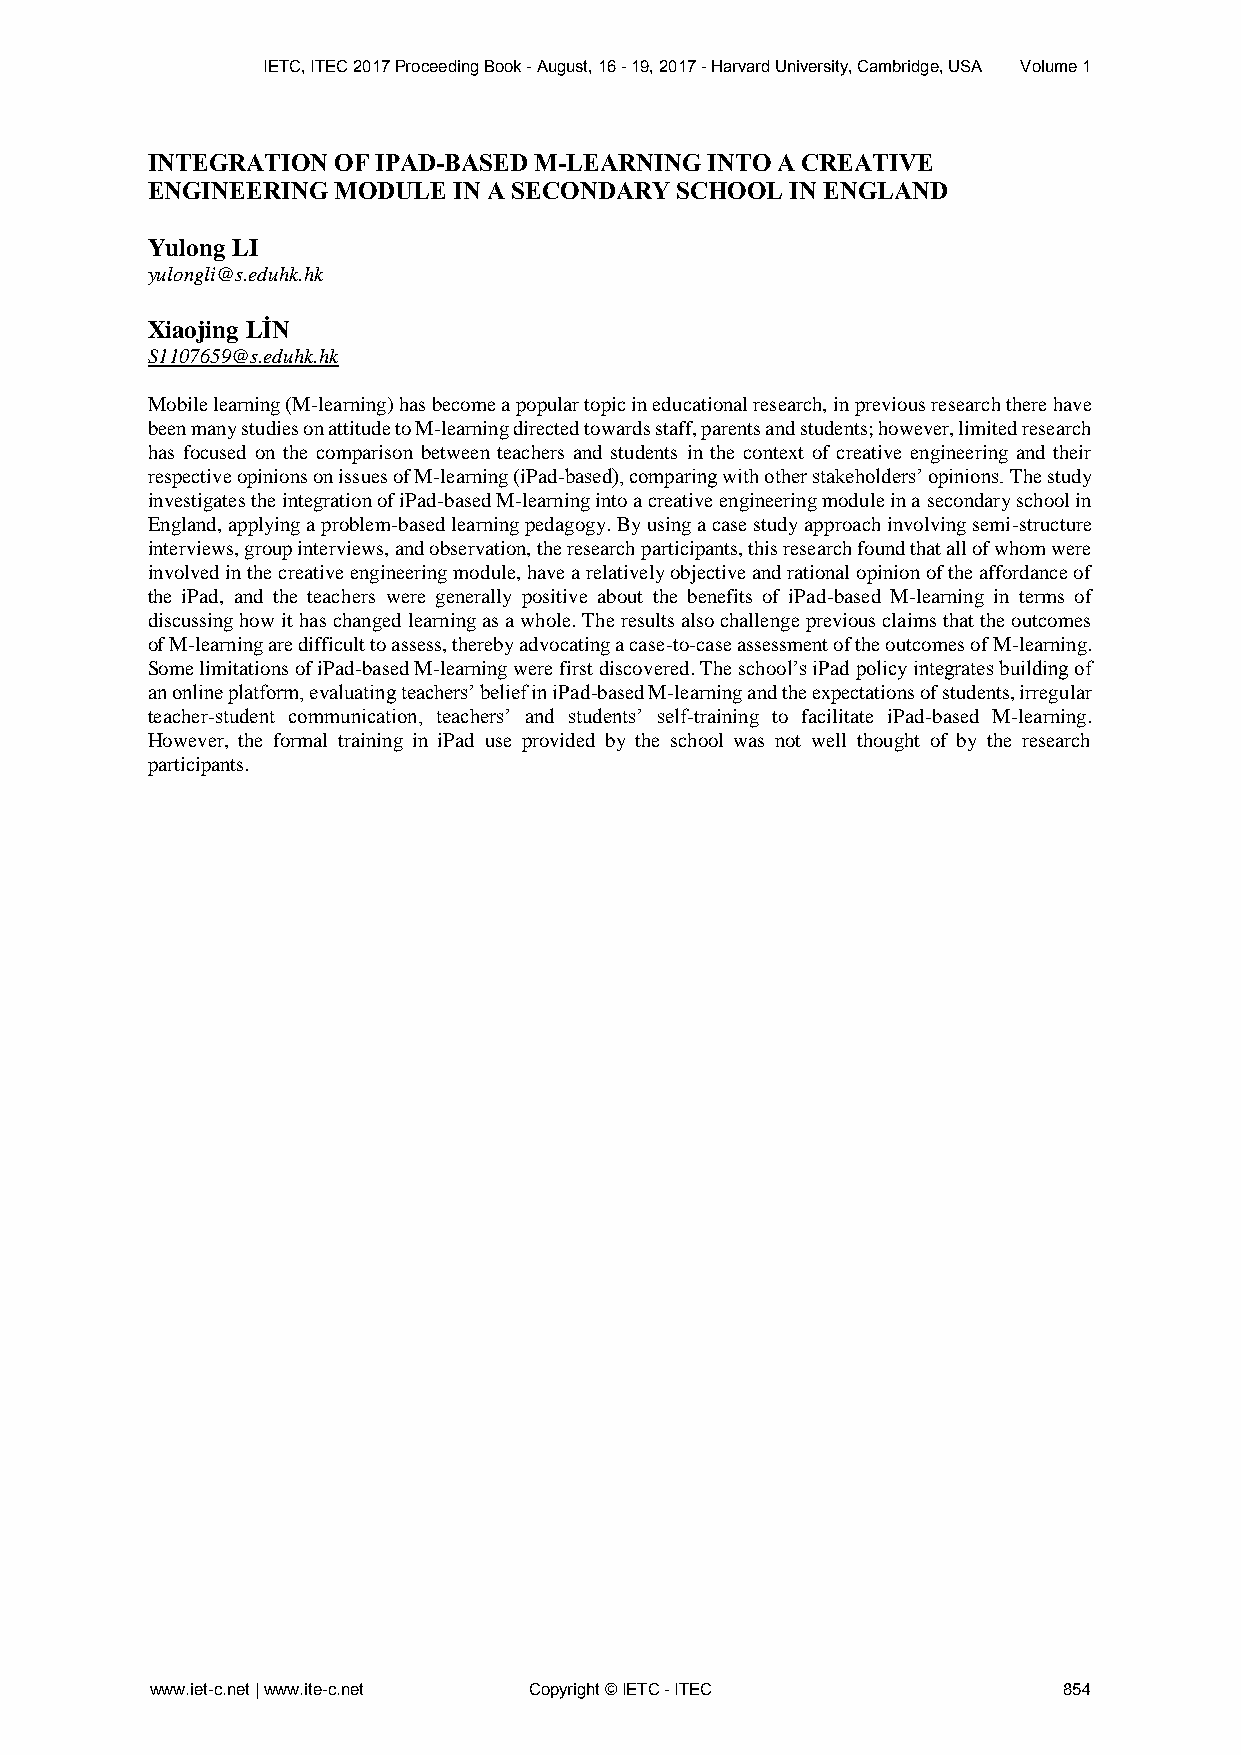
IETC, ITEC 2017 Proceeding Book - August, 16 - 19, 2017 - Harvard University, Cambridge, USA Volume 1
 INTEGRATION OF IPAD-BASED M-LEARNING INTO A CREATIVE
 ENGINEERING MODULE  IN A SECONDARY SCHOOL IN ENGLAND
 Yulong LI
 yulongli@s.eduhk.hk
 Xiaojing LİN
 S1107659@s.eduhk.hk
 Mobile learning (M-learning) has become a popular topic in educational research, in previous research there have
 been many studies on attitude to M-learning directed towards staff, parents and students; however, limited research
 has focused on the comparison between teachers and students in the context of creative engineering and their
 respective opinions on issues of M-learning (iPad-based), comparing with other stakeholders’ opinions. The study
 investigates the integration of iPad-based M-learning into a creative engineering module in a secondary school in
 England, applying a problem-based learning pedagogy. By using a case study approach involving semi-structure
 interviews, group interviews, and observation, the research participants, this research found that all of whom were
 involved in the creative engineering module, have a relatively objective and rational opinion of the affordance of
 the iPad, and the teachers were generally positive about the benefits of iPad-based M-learning in terms of
 discussing how it has changed learning as a whole. The results also challenge previous claims that the outcomes
 of M-learning are difficult to assess, thereby advocating a case-to-case assessment of the outcomes of M-learning.
 Some limitations of iPad-based M-learning were first discovered. The school’s iPad policy integrates building of
 an online platform, evaluating teachers’ belief in iPad-based M-learning and the expectations of students, irregular
 teacher-student communication, teachers’ and students’ self-training to facilitate iPad-based M-learning.
 However, the formal training in iPad use provided by the school was not well thought of by the research
 participants.
 www.iet-c.net | www.ite-c.net Copyright © IETC - ITEC       854